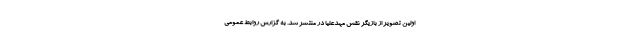
اولین تصویر از بازیگر نقش مهدعلیا در منتشر شد. به گزارش روابط عمومی